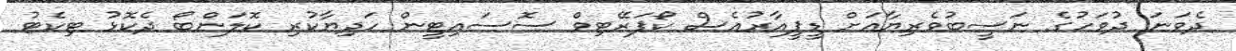
ދެވަނަ ދުވަހުގެ ނަސީބުވެރިޔާއަށް ޑީޕީއާރުއެސް ކޯޕަރޭޓިވް ސޮސައިޓީން ހަދިޔާކުރި ކޮލަންބޯ ދެކޮޅު ޓިކެޓު